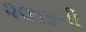
૨૦૧૪ની